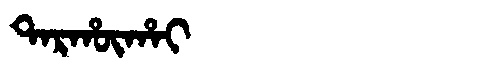
Manchu: ᡨᠠᡵᡥᡡᡥᠠᡳ
Romanization: TARHŪHAI